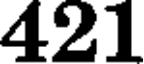
421